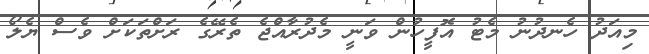
މިއަދު ހެނދުނު މެޓު އޮފީހުން ވަނީ މެދުރާއްޖެ ތެރޭގެ ރަށްތަކަށް ވެސް ޔެލޯ